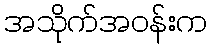
အသိုက်အဝန်းက